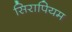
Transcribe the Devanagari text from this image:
सिरापियम